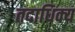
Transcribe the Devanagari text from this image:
तदाधिक्य